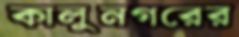
কালুনগরের